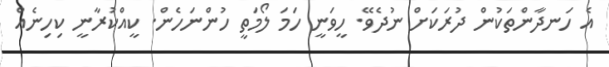
އެ ހަނދާންތަކުން ދުރަކަށް ނުދެވޭ. ހީވަނީ ހަމަ ލޯމަތީ ހުންނަހެން. ކީއްކުރާނީ ކިހިނެއް